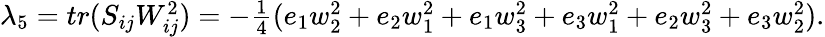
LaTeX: \begin{array}{r}{\lambda_{5}=tr(S_{ij}W_{ij}^{2})=-\frac 14(e_{1}w_{2}^{2}+e_{2}w_{1}^{2}+e_{1}w_{3}^{2}+e_{3}w_{1}^{2}+e_{2}w_{3}^{2}+e_{3}w_{2}^{2}).}\end{array}